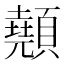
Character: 顤